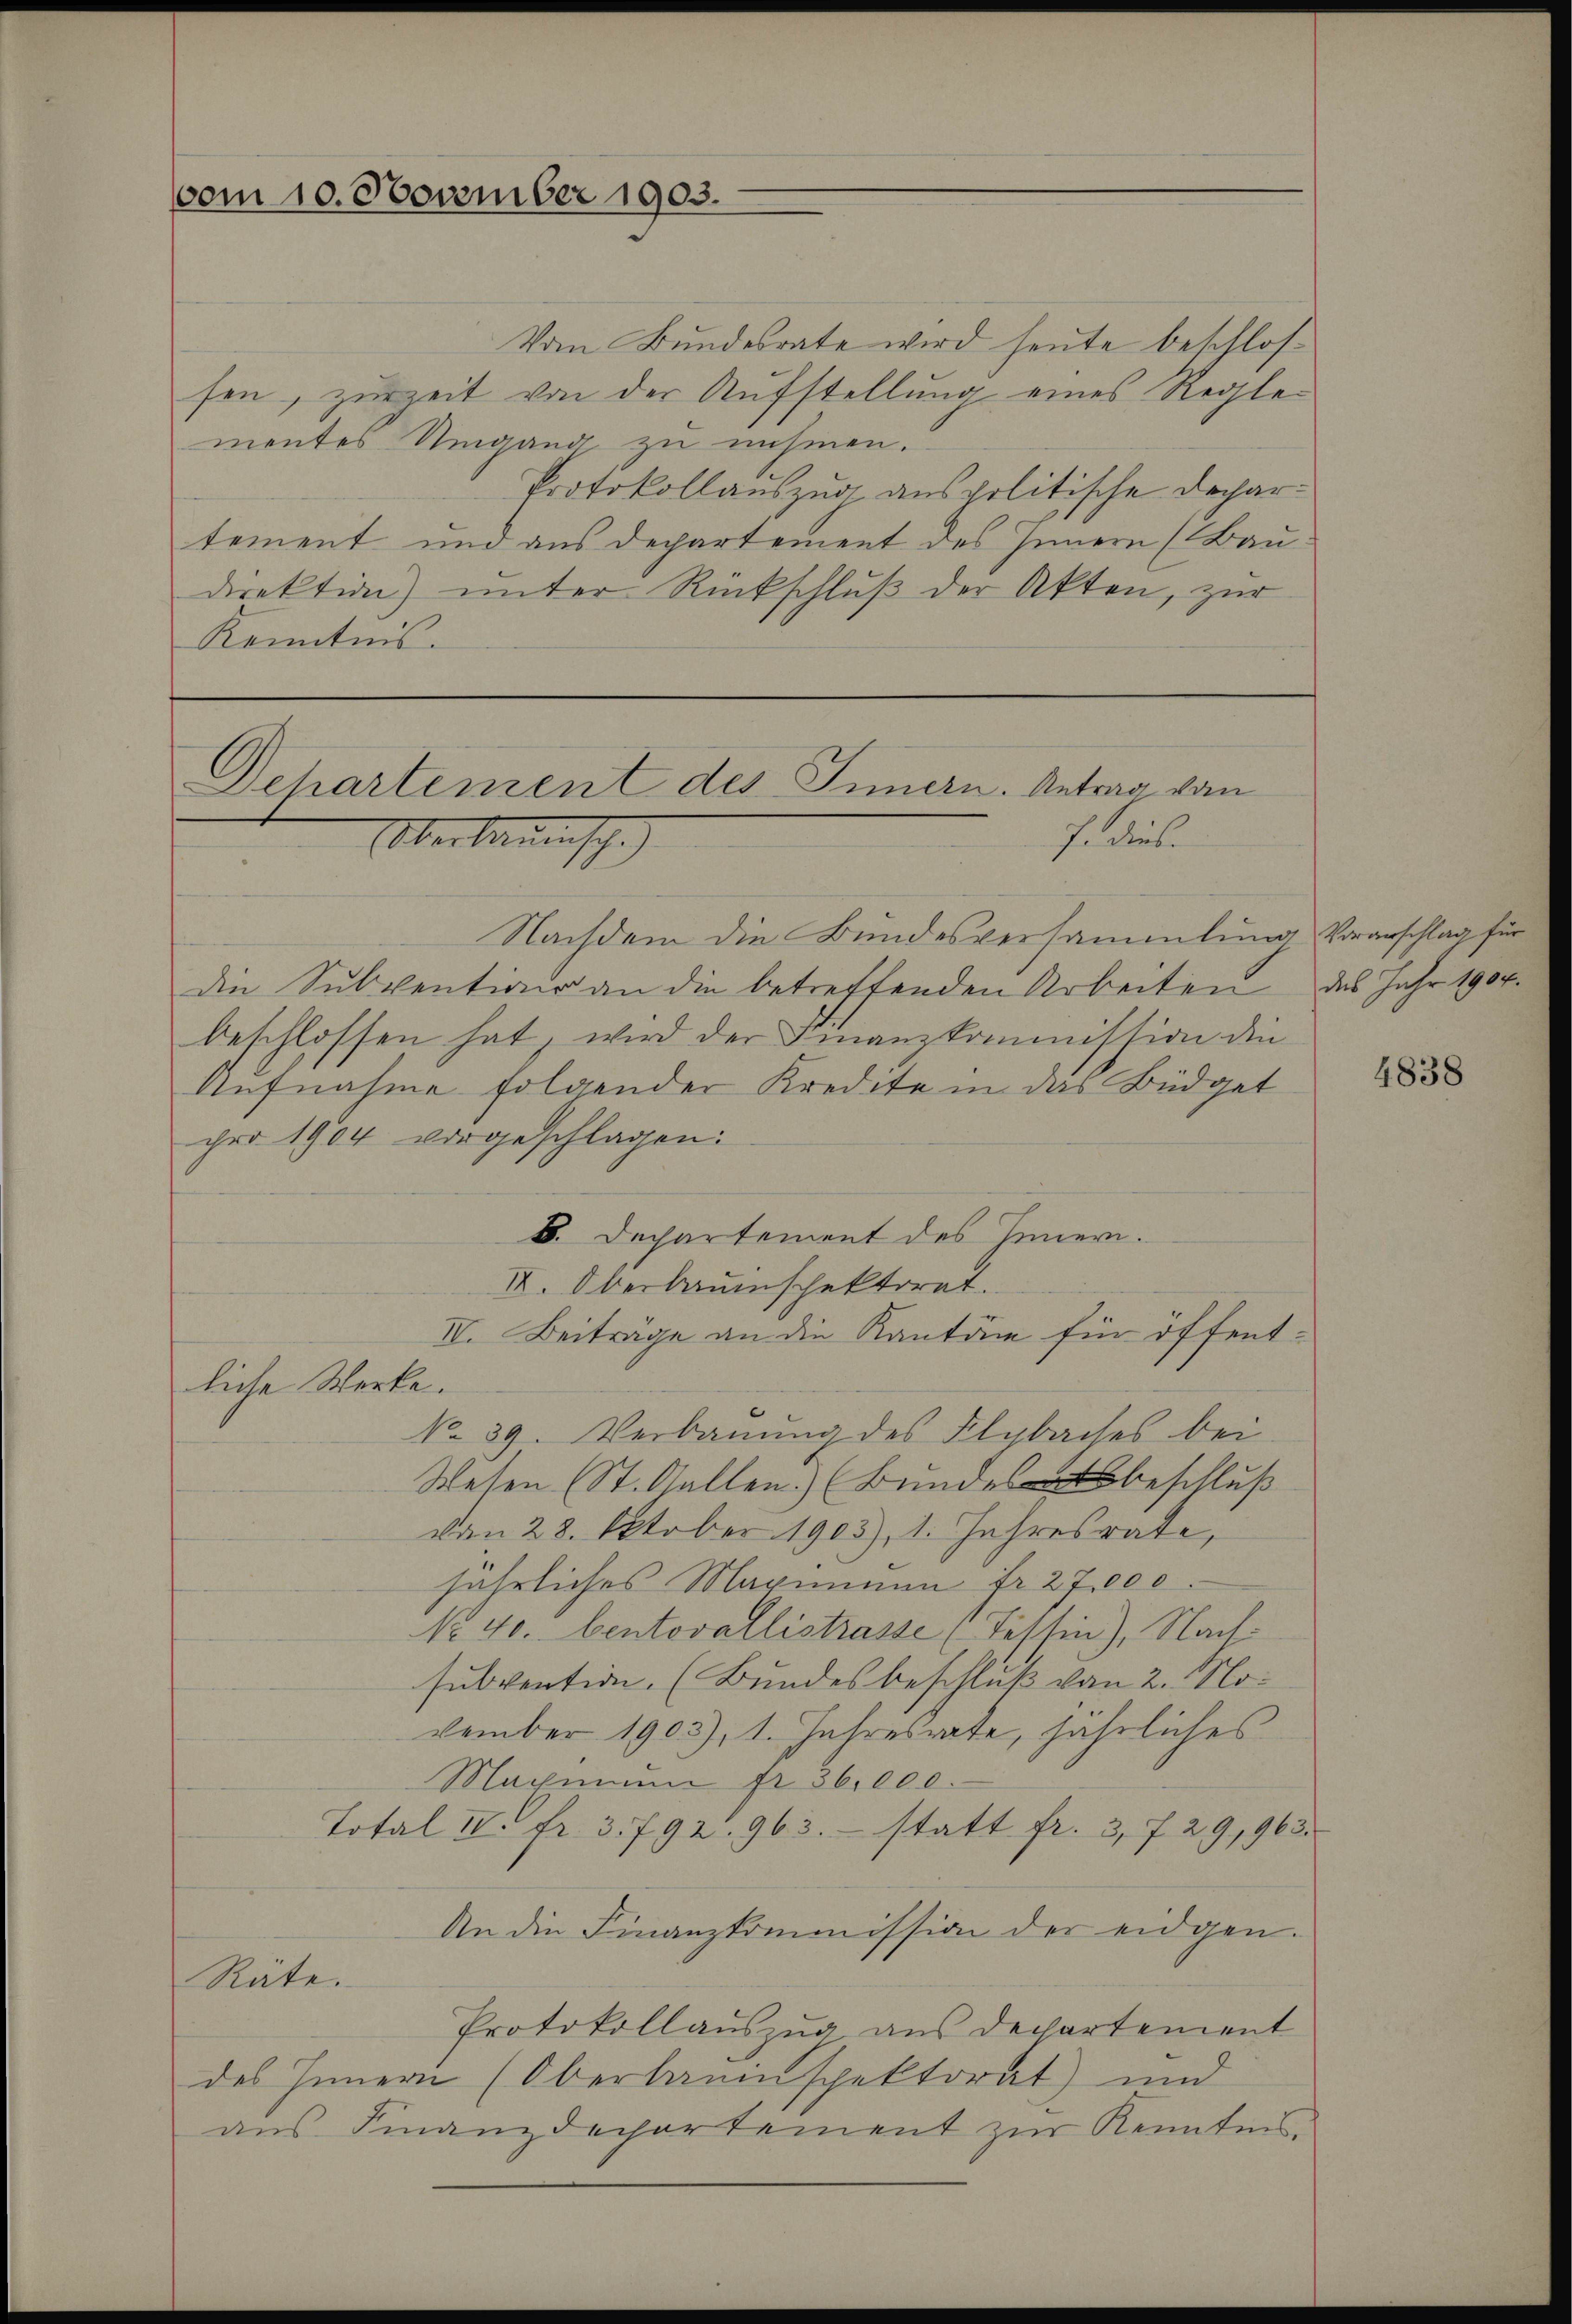
vom 10. November 1903.

Vom Bundesrate wird heute beschlossen, zurzeit von der Aufstellung eines Reglementes Umgang zu nehmen.
Protokollauszug aus politische Dechartement und aus Departement des Innern (Bau
direktion) unter Rückschluß der Akten, zur
Kenntnis.

Dehartement des Innern. Antrag von
Fediet
Oberbauensch

Nachdem die Bundesversammlung Vorarschlag für
die Subvention an die betreffenden Arbeiten des Jahr 1907.
beschlossen hat, wird der Finanzkommission die
Aufnahme folgender Kredite in das Büdget
pro 1904 vorgeschlagen:
B. Dechartement des Innern.
II. Oberbauinschektorat.
IV. Beiträge an die Kanton für öffent¬
No. 39. Verbauung des Flybaches bei
Wesen (St. Gallen. (Bundesbeschluß
vom 28. Oktober 1903), 1. Jahresrate,
jährliches Maximum fr. 27,000.
No 40. bentovallistrasse (Tessin), Nachsubvention. (Bundesbeschluß von 2. November 1903), 1. Jahresrate, jährliches
Maxmnn fr. 36,000.
Total II. fr. 3. 792. 963. statt fr. 3, 729,963.
An die Finanzkommission der eidgen.
Räte.
Protokollauszug aus Departement
des Innern (Oberlaninspektorat) und
aus Finanzdechartement zur Kenntnis

liche Werke.

t

4838